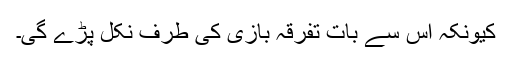
کیونکہ اس سے بات تفرقہ بازی کی طرف نکل پڑے گی۔